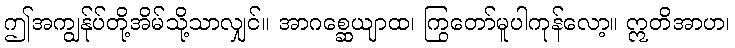
ဤအကျွန်ုပ်တို့အိမ်သို့သာလျှင်။ အာဂစ္ဆေယျာထ၊ ကြွတော်မူပါကုန်လော့။ ဣတိအာဟ၊